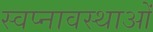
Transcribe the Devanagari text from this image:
स्वप्नावस्थाओं